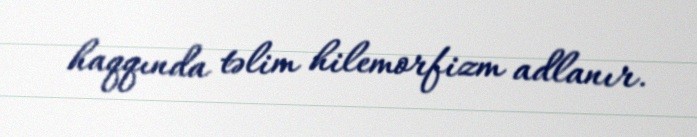
haqqında təlim hilemorfizm adlanır.